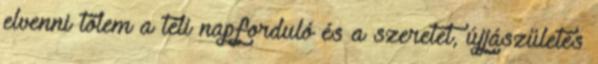
elvenni tőlem a téli napforduló és a szeretet, újjászületés